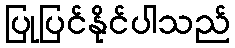
ပြုပြင်နိုင်ပါသည်